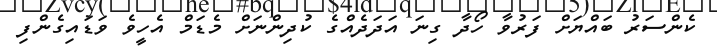
ކެންސަރު ބައްޔަށް ފަރުވާ ހޯދާ ގިނަ އަދަދެއްގެ ކުދިންނަށް މެޑަމް އެހީވެ ވަޑައިގެންފި